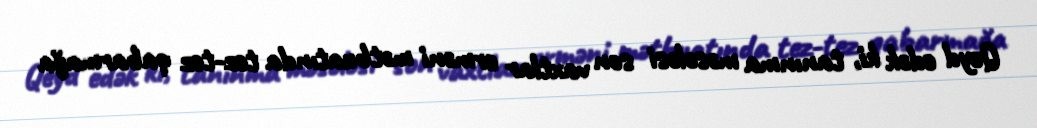
Qeyd edək ki, tanınma məsələsi son vaxtlar erməni mətbuatında tez-tez qabarmağa